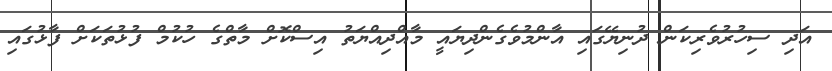
އަދި ސިހުރުވެރިކަން ދުނިޔޭގައި އާންމުވެގެންދިޔައީ މާއްދިއްޔަތު އިސްކޮށް މާތްގެ ހުކުމް ފުޅުތަކަށް ފާޅުގައި